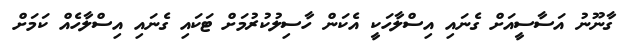
ގާނޫނު އަސާސީއަށް ގެނައި އިސްލާހަކީ އެކަން ހާސިލުކުރުމަށް ޓަކައި ގެނައި އިސްލާހެއް ކަމަށް